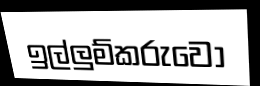
ඉල්ලුම්කරුවො